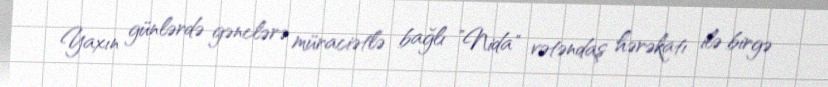
Yaxın günlərdə gənclərə müraciətlə bağlı ”Nida" vətəndaş hərəkatı ilə birgə